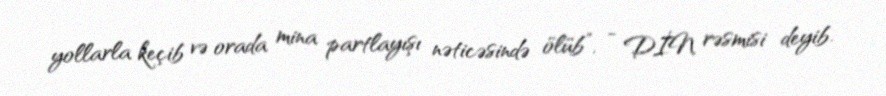
yollarla keçib və orada mina partlayışı nəticəsində ölüb”, - DİN rəsmisi deyib.